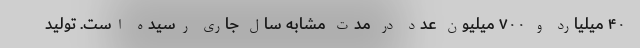
۴۰ میلیارد و ۷۰۰ میلیون عدد در مدت مشابه سال جاری رسیده است. تولید